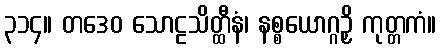
၃၁၄။ တဒေဝ သောဠသိတ္ထီနံ၊ နစ္စယောဂ္ဂဉှိ ကုတ္တကံ။